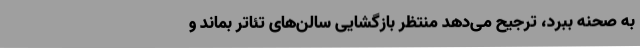
به صحنه ببرد، ترجیح می‌دهد منتظر بازگشایی سالن‌های تئاتر بماند و